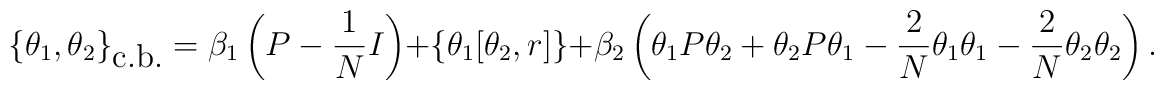
\{\theta_1,\theta_2\}_{\mbox{c.b.}}=\beta_1\left(P-\frac{1}{N}I\right)+\left\{\theta_1[\theta_2, r]\right\}+\beta_2\left(\theta_1P\theta_2+\theta_2P\theta_1-\frac{2}{N}\theta_1\theta_1-\frac{2}{N}\theta_2\theta_2\right).